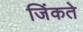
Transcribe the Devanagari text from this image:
जिंकते